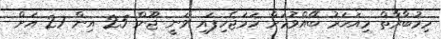
މިމުބާރާތް މިއަހަރު ބޭއްވުމަށް ހަމަޖެހިފައި ވަނީ ޖޫން 25 އިން 27 އަށް